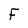
Character: F